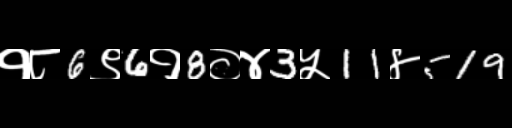
Text: १८6९6१8०४3५11४519